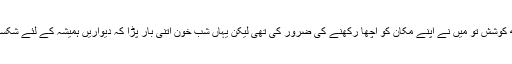
’ بھئی کچھ کوشش تو میں نے اپنے مکان کو اچھا رکھنے کی ضرور کی تھی لیکن یہاں شب خون اتنی بار پڑا کہ دیواریں ہمیشہ کے لئے شکستہ ہو گئیں۔